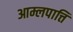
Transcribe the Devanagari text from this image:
आम्लपात्ति